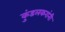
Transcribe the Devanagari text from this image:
कुंडलकरांनी